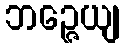
ဘဉ္ဇေယျ